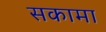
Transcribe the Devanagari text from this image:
सकामा